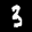
Label: 3